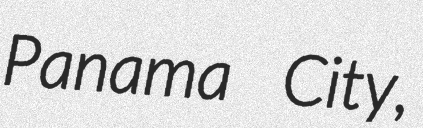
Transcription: Panama City,